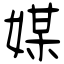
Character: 媒